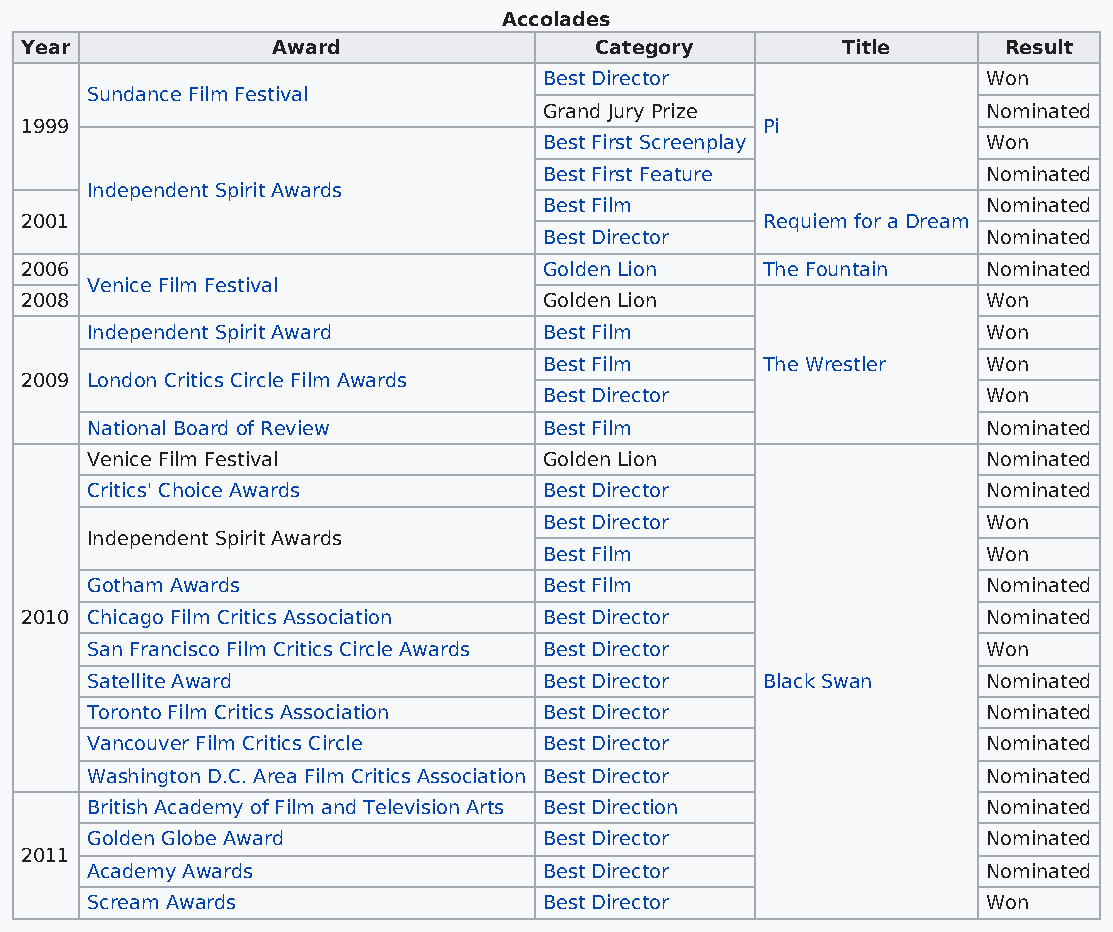
Accolades
 Year             Award                Category         Title     Result
 Best Director                Won
 Sundance Film Festival
 Grand Jury Prize             Nominated
 1999                                             Pi
 Best First Screenplay        Won
 Best First Feature           Nominated
 Independent Spirit Awards
 Best Film                    Nominated
 2001                                             Requiem for a Dream
 Best Director                Nominated
 2006                               Golden Lion   The Fountain   Nominated
 Venice Film Festival
 2008                               Golden Lion                  Won
 Independent Spirit Award      Best Film                    Won
 Best Film     The Wrestler   Won
 2009 London Critics Circle Film Awards
 Best Director                Won
 National Board of Review      Best Film                    Nominated
 Venice Film Festival          Golden Lion                  Nominated
 Critics' Choice Awards        Best Director                Nominated
 Best Director                Won
 Independent Spirit Awards
 Best Film                    Won
 Gotham Awards                 Best Film                    Nominated
 2010 Chicago Film Critics Association Best Director             Nominated
 San Francisco Film Critics Circle Awards Best Director     Won
 Satellite Award               Best Director Black Swan     Nominated
 Toronto Film Critics Association Best Director             Nominated
 Vancouver Film Critics Circle Best Director                Nominated
 Washington D.C. Area Film Critics Association Best Director Nominated
 British Academy of Film and Television Arts Best Direction Nominated
 Golden Globe Award            Best Director                Nominated
 2011
 Academy Awards                Best Director                Nominated
 Scream Awards                 Best Director                Won